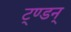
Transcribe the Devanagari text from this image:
ट्ण्डन्